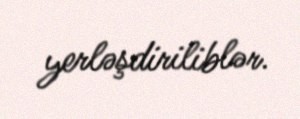
yerləşdiriliblər.